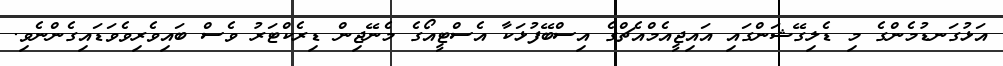
އަޅުގަނޑުމެންގެ މި ޑެލިގޭޝަންގައި އައިޖީއެމްއެޗްގެ އިސްބޭފުޅަކާ އެސްޓީއޯގެ މެނޭޖިން ޑިރެކްޓަރު ވެސް ބައިވެރިވެވަޑައިގެންނެވި.